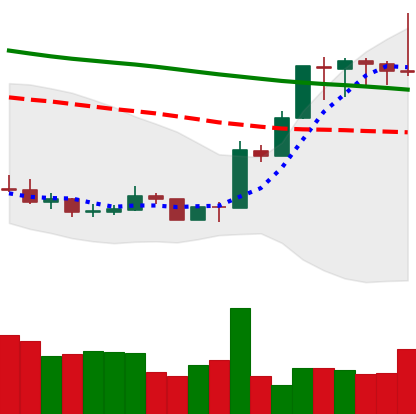
Ticker: XMR-USD
Chart end date: 2020-01-11
Forward return: 12.37%
Label: up_7plus